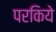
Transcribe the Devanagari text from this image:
परकिये